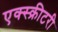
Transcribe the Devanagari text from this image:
एक्स्क्रीटरी